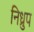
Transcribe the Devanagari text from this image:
निध्रुप